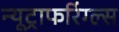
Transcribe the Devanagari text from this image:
न्यूट्राफरिंग्ल्स